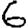
Digit: 6